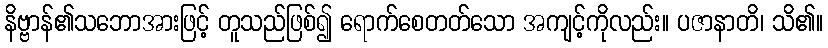
နိဗ္ဗာန်၏သဘောအားဖြင့် တူသည်ဖြစ်၍ ရောက်စေတတ်သော အကျင့်ကိုလည်း။ ပဇာနာတိ၊ သိ၏။